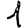
Digit: 1